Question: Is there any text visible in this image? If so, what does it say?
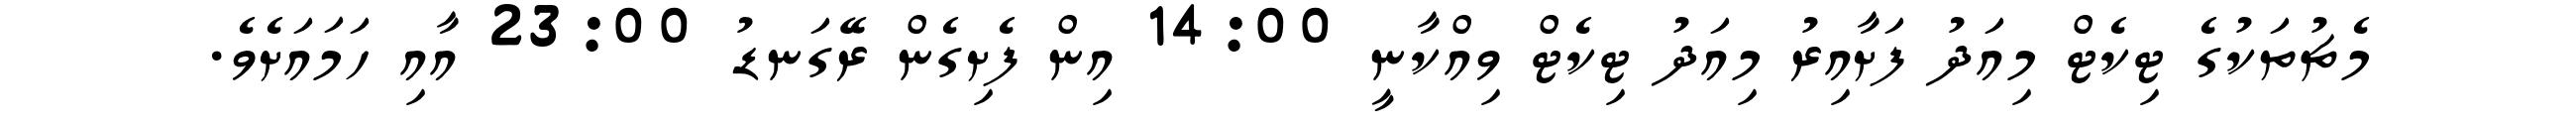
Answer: މެޗުތަކުގެ ޓިކެޓް މިއަދު ފަށާއިރު މިއަދު ޓިކެޓް ވިއްކާނީ 14:00 އިން ފެށިގެން ރޭގަނޑު 23:00 އާއި ހަމައަށެވެ.